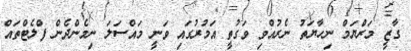
ގާޒީ މަރްޔަމް ނިހާޔަތު ނެރުއްވި ވަގުތީ އަމުރުގައި ވަނީ މައްސަލަ ނިމެންދެން ފްލެޓްތައް